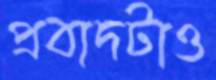
প্রবাদটাও